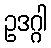
ဥဒဂ္ဂါ